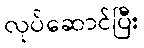
လုပ်ဆောင်ပြီး